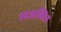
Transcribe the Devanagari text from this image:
सजलित